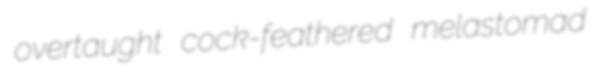
overtaught cock-feathered melastomad